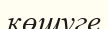
көшуге